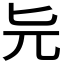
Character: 𠤐